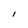
Character: I